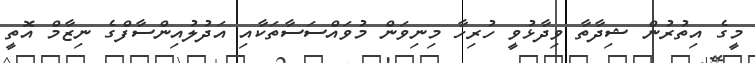
މީގެ އިތުރުން ޝިދާތާ ވިދާޅުވީ ހުރިހާ މިނިވަން މުވައްސަސާތަކާއި އަދުލުއިންސާފްގެ ނިޒާމް އޮތީ